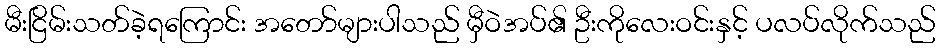
မီးငြိမ်းသတ်ခဲ့ရကြောင်း အတော်များပါသည် မှီဝဲအပ်၏ ဦးကိုလေးဝင်းနှင့် ပလပ်လိုက်သည်